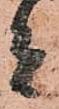
者